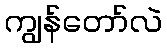
ကျွန်တော်လဲ